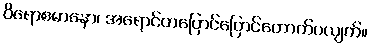
ဝိရောစမာနော၊ အရောင်တပြောင်ပြောင်တောက်ပလျက်။